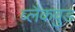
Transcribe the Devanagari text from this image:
ब्लैकव़ुड